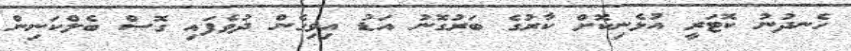
ހެނދުނު ކޮޓަރީ އުޅެނިކޮށް ކާރުގެ ބަރުގޮނު އަޑު އިވިގެން ދުވެފައި ގޮސް ބެލްކަނިން